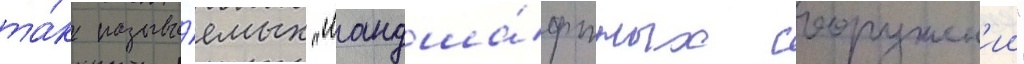
та́к называ́емых "ландша́фтных сооружен'ии"